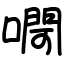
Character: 㗿